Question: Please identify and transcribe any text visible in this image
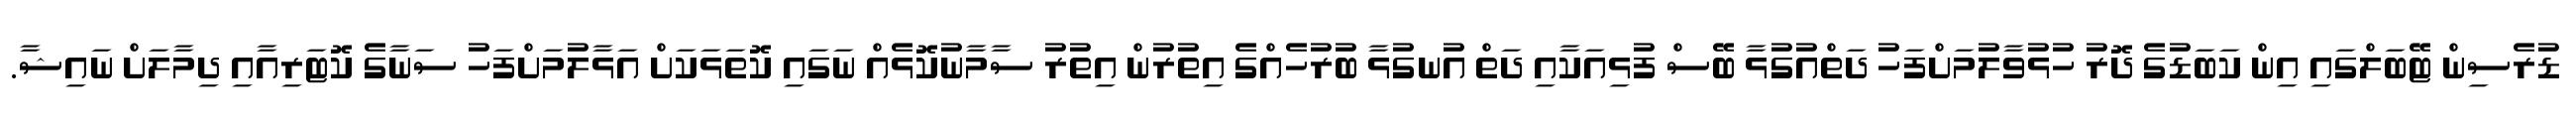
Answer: ޑުރެސިން ޓޭބަލްގައި އިން ކަބަޑުގެ ދޮރު ހުޅުވާލުމަށްފަހު ދަތްއުގުޅާ ބޭސް ފުޅިއަކާއި ދަތް އުނގުޅާ ބުރުހެއްގެ އިތުރުން އިތުރު ސާމާނުކޮޅެއް ނަގައި ކޮތަޅަކަށް އަޅާލުމަށްފަހު ސަނާގެ ކޮޓަރިއާއި ދިމާލަށް ނައިޝާ.